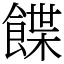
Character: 䭎